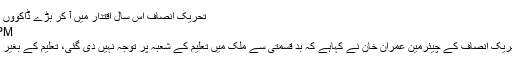
تحریک انصاف اس سال اقتدار میں آ کر بڑے ڈاکوؤں کا احتساب کریگی: عمران خان
Jan 15, 2018 | 14:39:PM
کرک (ڈیلی پاکستان آن لائن)تحریک انصاف کے چیئرمین عمران خان نے کہاہے کہ بد قسمتی سے ملک میں تعلیم کے شعبہ پر توجہ نہیں دی گئی، تعلیم کے بغیر کوئی ملک ترقی نہیں کر سکتا۔